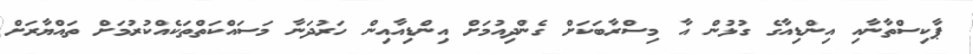
ޕާކިސްތާނާއި އިންޑިއާގެ ގުޅުން އާ މިސްރާބަކަށް ގެންދިއުމަށް އިންޑިއާއިން ހަރުދަނާ މަސައްކަތްތަކެއްކުރުމަށް ތައްޔާރަށް